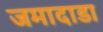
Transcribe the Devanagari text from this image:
जमादाडा